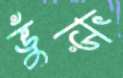
ভুঁড়ি